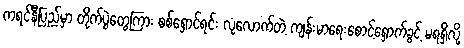
ကရင်နီပြည်မှာ တိုက်ပွဲတွေကြား စစ်ရှောင်ရင်း လုံလောက်တဲ့ ကျန်းမာရေးစောင့်ရှောက်ခွင့် မရရှိလို့